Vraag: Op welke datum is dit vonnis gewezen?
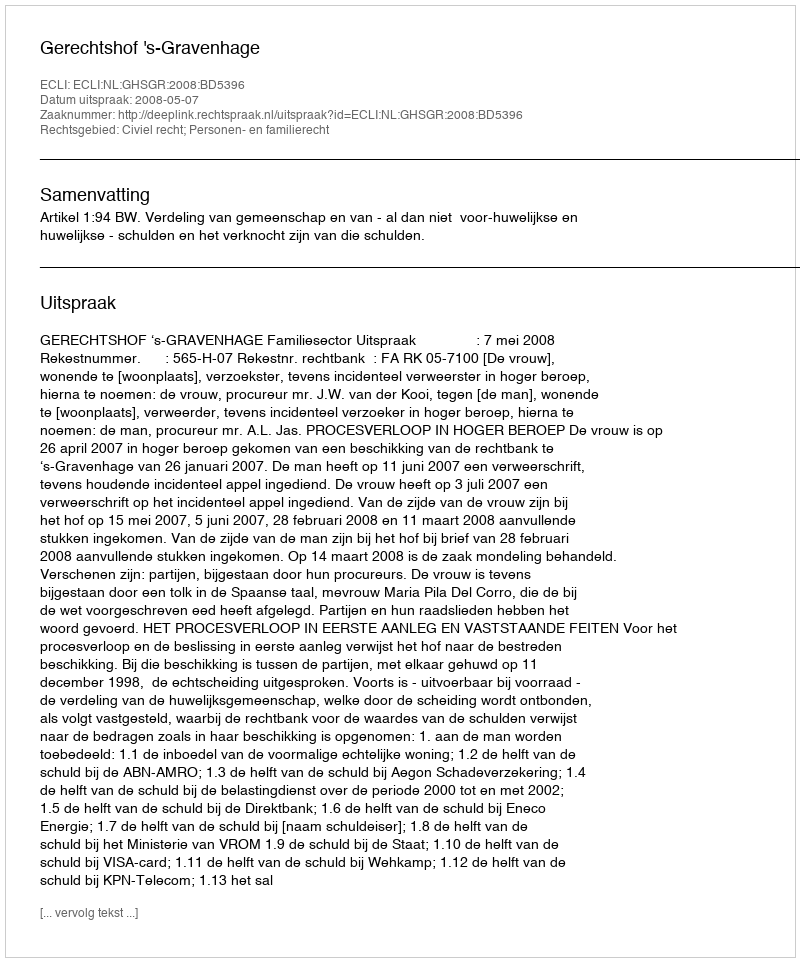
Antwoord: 2008-05-07